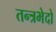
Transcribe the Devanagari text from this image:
तन्त्रभेदो